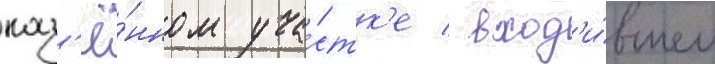
каз'ё́нном уча́стк'е / вход'и́вшем